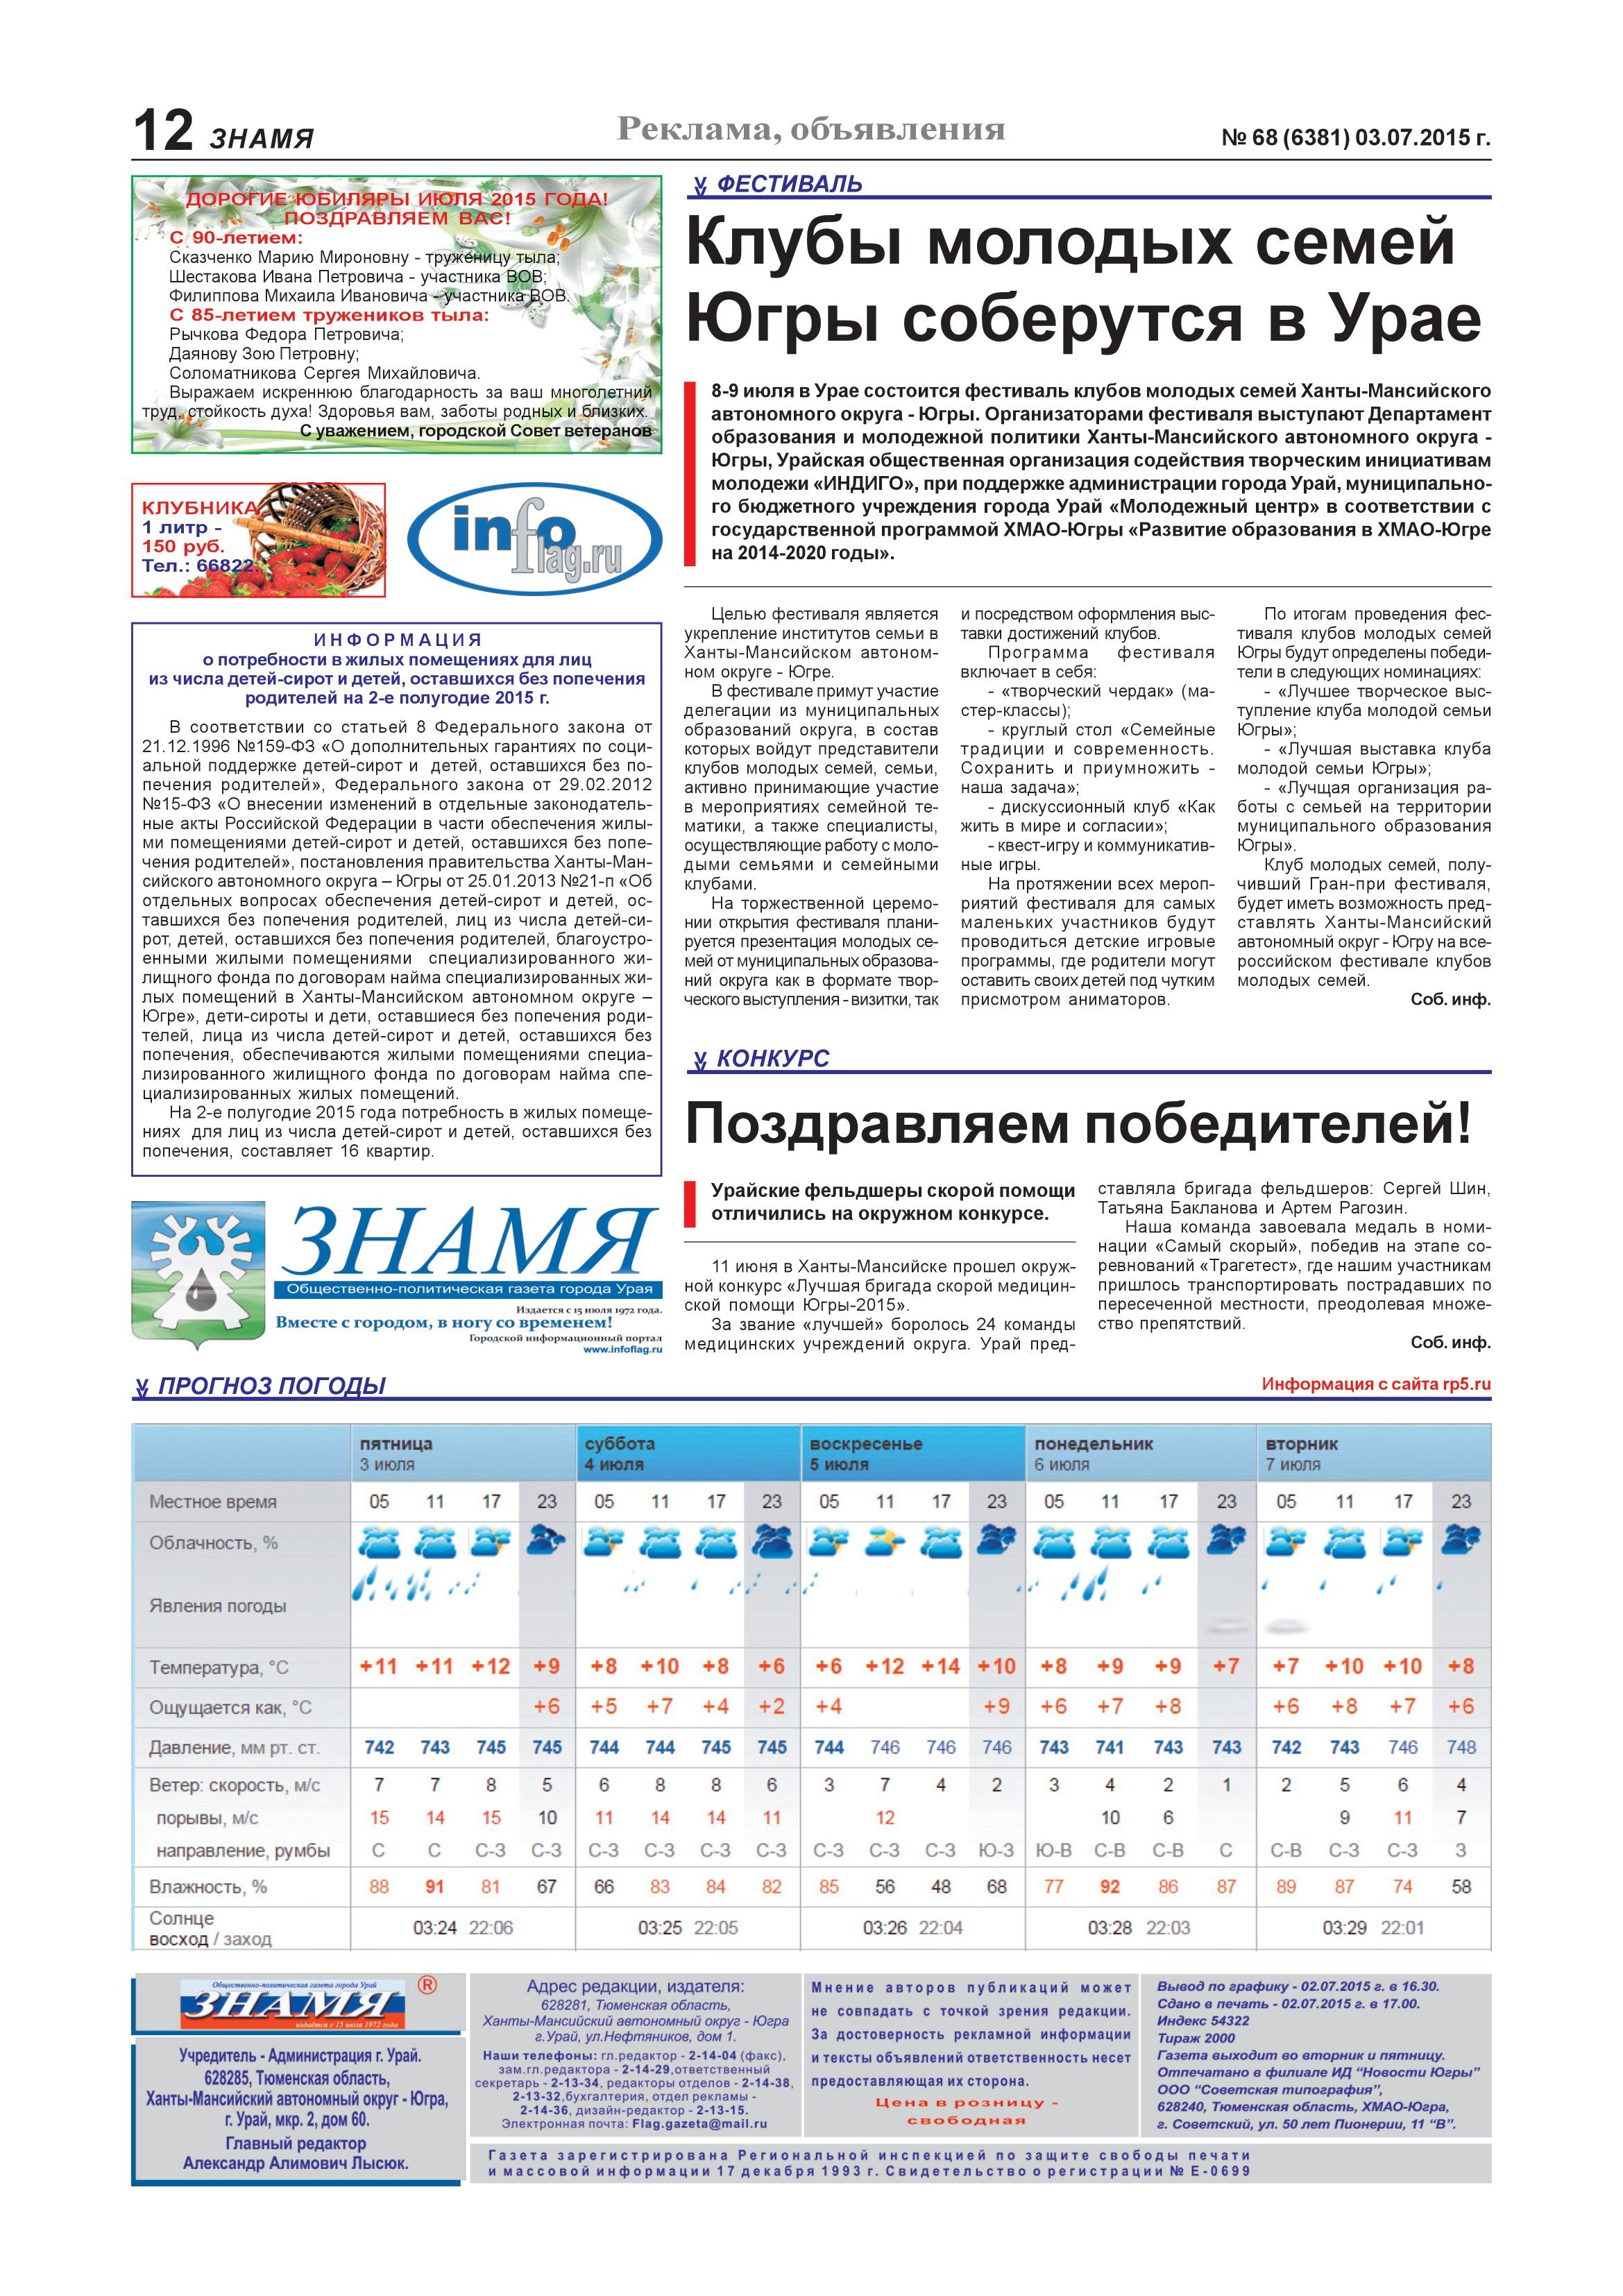
Language: ru